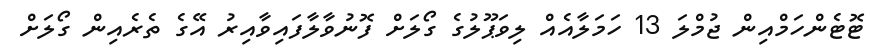
ޓޮޓެންހަމްއިން ޖުމްލަ 13 ހަމަލާއެއް ލިވަޕޫލުގެ ގޯލަށް ފޮނުވާލާފައިވާއިރު އޭގެ ތެރެއިން ގޯލަށް